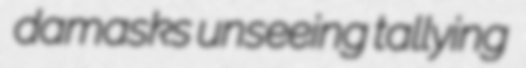
damasks unseeing tallying